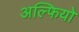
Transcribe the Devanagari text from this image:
अल्फियो